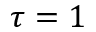
\tau = 1